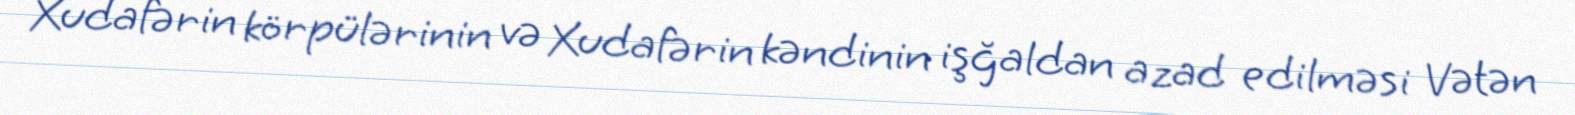
Xudafərin körpülərinin və Xudafərin kəndinin işğaldan azad edilməsi Vətən